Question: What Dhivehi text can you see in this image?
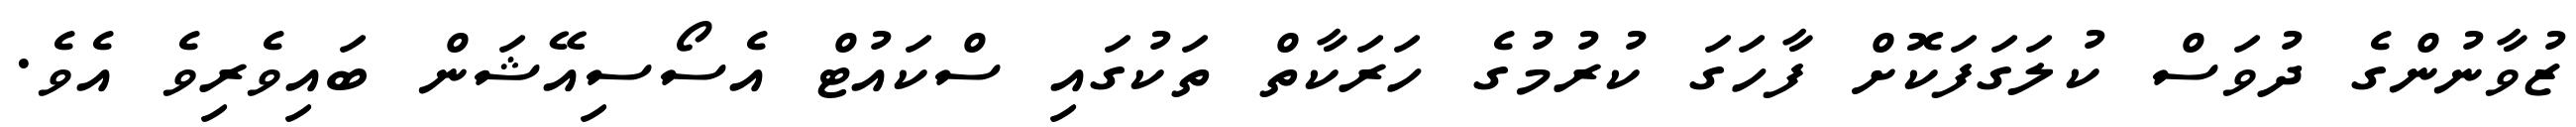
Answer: ޒުވާނުންގެ ދުވަސް ކުލަގަފަކޮށް ފާހަގަ ކުރުމުގެ ހަރަކާތް ތަކުގައި ސްކައުޓް އެސޯސިއޭޝަން ބައިވެރިވެ އެވެ.